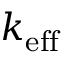
k _ { \mathrm { e f f } }